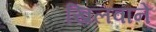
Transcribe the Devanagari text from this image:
खिलवाने